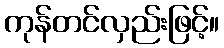
ကုန်တင်လှည်းဖြင့်။